Report on vaccination North-West Frontier Province 1904-1922 - 1904-1922
Year: 1904
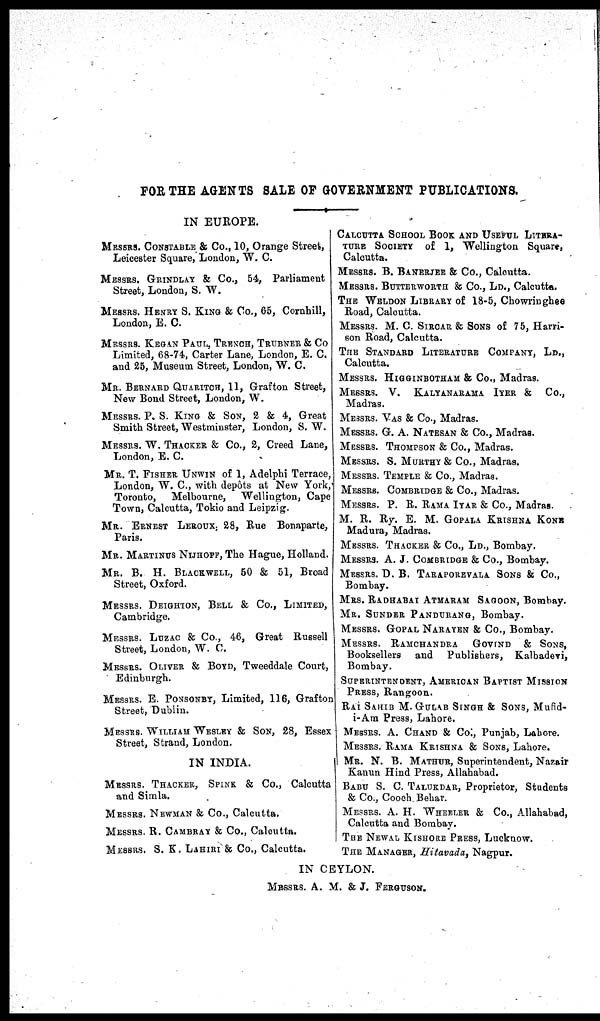
FOR THE AGENTS SALE OF GOVERNMENT PUBLICATIONS.
IN EUROPE.
MESSRS. CONSTABLE & Co., 10, Orange Street,
Leicester Square, London, W. C.
MESSES. GRINDLAY & Co., 54, Parliament
Street, London, S. W.
MESSRS. HENRY S. KING & Co., 65, Cornhill,
London, E. C.
MESSRS. KEGAN PAUL, TRENCH, TRUBNER & Co
Limited, 68-74, Carter Lane, London, E. C.
and 25, Museum Street, London, W. C.
MR. BERNARD QUARITCH, 11, Grafton Street,
New Bond Street, London, W.
MESSRS. P. S. KING & SON, 2 & 4, Great
Smith Street, Westminster, London, S. W.
MESSRS. W. THACKER & Co., 2, Creed Lane,
London, E. C.
MR. T. FISHER UNWIN of 1, Adelphi Terrace,
London, W. C, with depôts at New York,
Toronto, Melbourne, Wellington, Cape
Town, Calcutta, Tokio and Leipzig.
MR. ERNEST LEROUX, 28, Rue Bonaparte,
Paris.
MR. MARTINUS NIJHOFF, The Hague, Holland.
MR. B. H. BLACKWELL, 50 & 51, Broad
Street, Oxford.
MESSRS. DEIGHTON, BELL & Co., LIMITED,
Cambridge.
MESSRS. LUZAC & Co., 46, Great Russell
Street, London, W. C.
MESSRS. OLIVER & BOYD, Tweeddale Court,
Edinburgh.
MESSRS. E. PONSONBY, Limited, 116, Grafton
Street, Dublin.
MESSRS. WILLIAM WESLEY & SON, 28, Essex
Street, Strand, London.
IN INDIA.
MESSRS. THACKER, SPINK & Co., Calcutta
and Simla.
MESSRS. NEWMAN & Co., Calcutta.
MESSRS. R. CAMBRAY & Co., Calcutta.
MESSRS. S. K. LAHIRI & Co., Calcutta.
CALCUTTA SCHOOL BOOK AND USEFUL LITERA-
TURE SOCIETY of 1, Wellington Square,
Calcutta.
MESSRS. B. BANERJEE & Co., Calcutta.
MESSRS. BUTTERWORTH & Co., LD., Calcutta.
THE WELDON LIBRARY of 18-5, Chowringhee
Road, Calcutta.
MESSRS. M. C. SIRCAR & SONS of 75, Harri-
son Road, Calcutta.
THE STANDARD LITERATURE COMPANY, LD.,
Calcutta.
MESSRS. HIGGINBOTHAM & Co., Madras.
MESSRS. V.
KALYANARAMA IYER & Co.,
Madras.
MESSRS. VAS & Co., Madras.
MESSRS. G. A. NATESAN & Co., Madras.
MESSRS. THOMPSON & Co., Madras.
MESSRS. S. MURTHY & Co., Madras.
MESSRS. TEMPLE & Co., Madras.
MESSRS. COMBRIDGE & Co., Madras.
MESSRS. P. R. RAMA IYAR & Co., Madras.
M. R. Ry. E. M. GOPALA KRISHNA KONE
Madura, Madras.
MESSRS. THACKER & Co., LD., Bombay.
MESSRS. A. J. COMBRIDGE & Co., Bombay.
MESSRS. D. B. TARAPOREVALA SONS & Co.,
Bombay.
MRS. RADHABAI ATMARAM SAGOON, Bombay.
MR. SUNDER PANDURANG, Bombay.
MESSRS. GOPAL NARAYEN & Co., Bombay.
MESSRS. RAMCHANDRA
GOVIND
& SONS,
Booksellers and Publishers, Kalbadevi,
Bombay.
SUPERINTENDENT, AMERICAN BAPTIST MISSION
PRESS, Rangoon.
RAI SAHIB M. GULAB SINGH & SONS, Mufid-
i-Am Press, Lahore.
MESSRS. A. CHAND & Col, Punjab, Lahore.
MESSRS. RAMA KRISHNA & SONS, Lahore.
MR. N. B. MATHUR, Superintendent, Nazair
Kanun Hind Press, Allahabad.
BABU S. C. TALUKDAR, Proprietor, Students
& Co., Cooch Behar.
MESSRS. A. H. WHEELER & Co., Allahabad,
Calcutta and Bombay.
THE NEWAL KISHORE PRESS, Lucknow.
THE MANAGER, Hitavada, Nagpur.
IN CEYLON.
MESSRS. A. M. & J. FERGUSON.